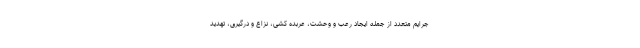
جرایم متعدد از جمله ایجاد رعب و وحشت، عربده کشی، نزاع و درگیری، تهدید